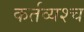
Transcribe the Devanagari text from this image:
कर्तव्यश्च